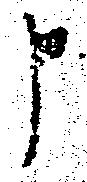
申